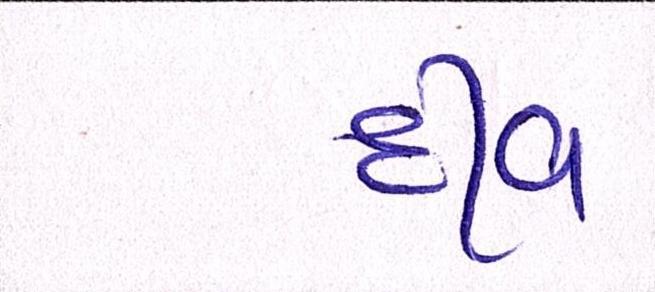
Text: દીવ